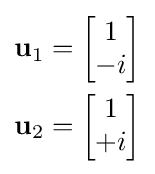
{\begin{aligned}\mathbf {u} _{1}&={\begin{bmatrix}1\\-i\end{bmatrix}}\\\mathbf {u} _{2}&={\begin{bmatrix}1\\+i\end{bmatrix}}\end{aligned}}